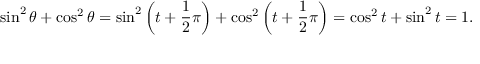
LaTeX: \sin ^ { 2 } \theta + \cos ^ { 2 } \theta = \sin ^ { 2 } \left( t + { \frac { 1 } { 2 } } \pi \right) + \cos ^ { 2 } \left( t + { \frac { 1 } { 2 } } \pi \right) = \cos ^ { 2 } t + \sin ^ { 2 } t = 1 .